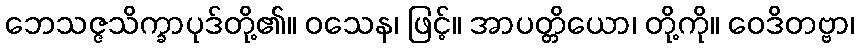
ဘေသဇ္ဇသိက္ခာပုဒ်တို့၏။ ဝသေန၊ ဖြင့်။ အာပတ္တိယော၊ တို့ကို။ ဝေဒိတဗ္ဗာ၊